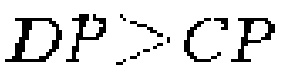
\(DP>CP\)